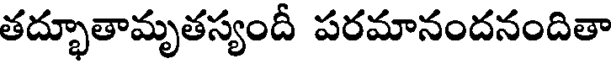
తద్భూతామృతస్యందీ పరమానందనందితా